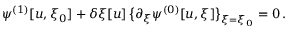
\psi ^ { ( 1 ) } [ u , \xi _ { 0 } ] + \delta \xi [ u ] \, \big \{ \partial _ { \xi } \psi ^ { ( 0 ) } [ u , \xi ] \big \} _ { \xi = \xi _ { 0 } } = 0 \, . \